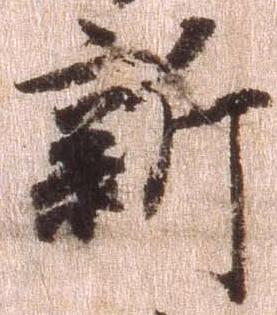
新